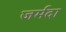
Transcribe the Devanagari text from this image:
जर्मदा